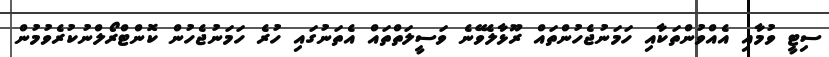
ސިޓީ ވުމާއި އެއްވުންތަކާއި ހަމަނުޖެހުންތައް ރޫޅާލެވޭނެ ވަސީލަތްތައް އެތަނުގައި ހުރެ ހަމަނުޖެހުން ކޮންޓްރޯލްނުކުރެވުމުން